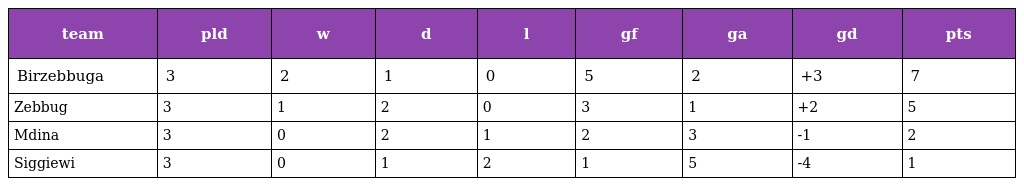
| team | pld | w | d | l | gf | ga | gd | pts |
 | --- | --- | --- | --- | --- | --- | --- | --- | --- |
 | Birzebbuga | 3 | 2 | 1 | 0 | 5 | 2 | +3 | 7 |
 | Zebbug | 3 | 1 | 2 | 0 | 3 | 1 | +2 | 5 |
 | Mdina | 3 | 0 | 2 | 1 | 2 | 3 | -1 | 2 |
 | Siggiewi | 3 | 0 | 1 | 2 | 1 | 5 | -4 | 1 |